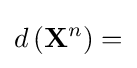
d\left(\mathbf {X} ^{n}\right)=